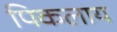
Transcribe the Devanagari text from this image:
पिकलाय